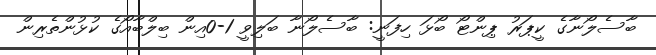
ބާސެލޯނާގެ ކީޕަރު ޕިންޓޯ ބޯޅަ ހިފަނީ: ބާސެލޯނާ ބަލިވީ 1-0އިން ބިލްބާއޯގެ ކުޅުންތެރިން